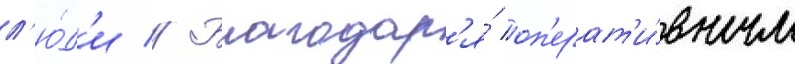
л'ю́д'и // Благодар'я́ оп'ерат'и́вным